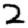
Digit: 2